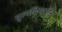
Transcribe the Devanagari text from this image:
नॄत्यदिग्दर्शन